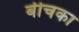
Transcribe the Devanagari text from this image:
बीचका